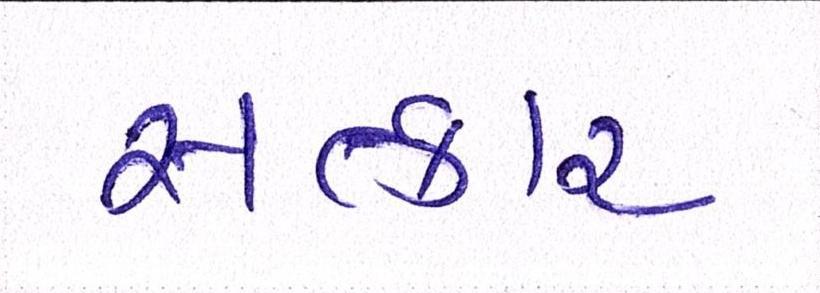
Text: સત્કાર